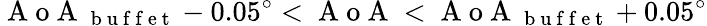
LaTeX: \mathrm{~A~o~A~}_{\mathrm{~b~u~f~f~e~t~}}-0.05^{\circ}<\mathrm{~A~o~A~}<\mathrm{~A~o~A~}_{\mathrm{~b~u~f~f~e~t~}}+0.05^{\circ}